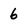
Character: 6